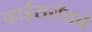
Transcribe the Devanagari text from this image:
व्हाईसरॉयने